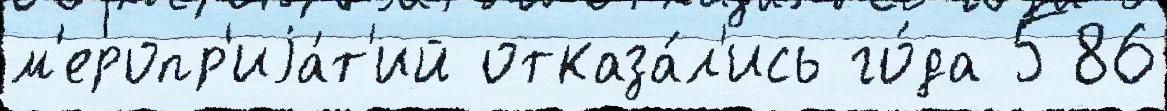
м'еропр'иjа́т'ий отказа́л'ись го́да 586